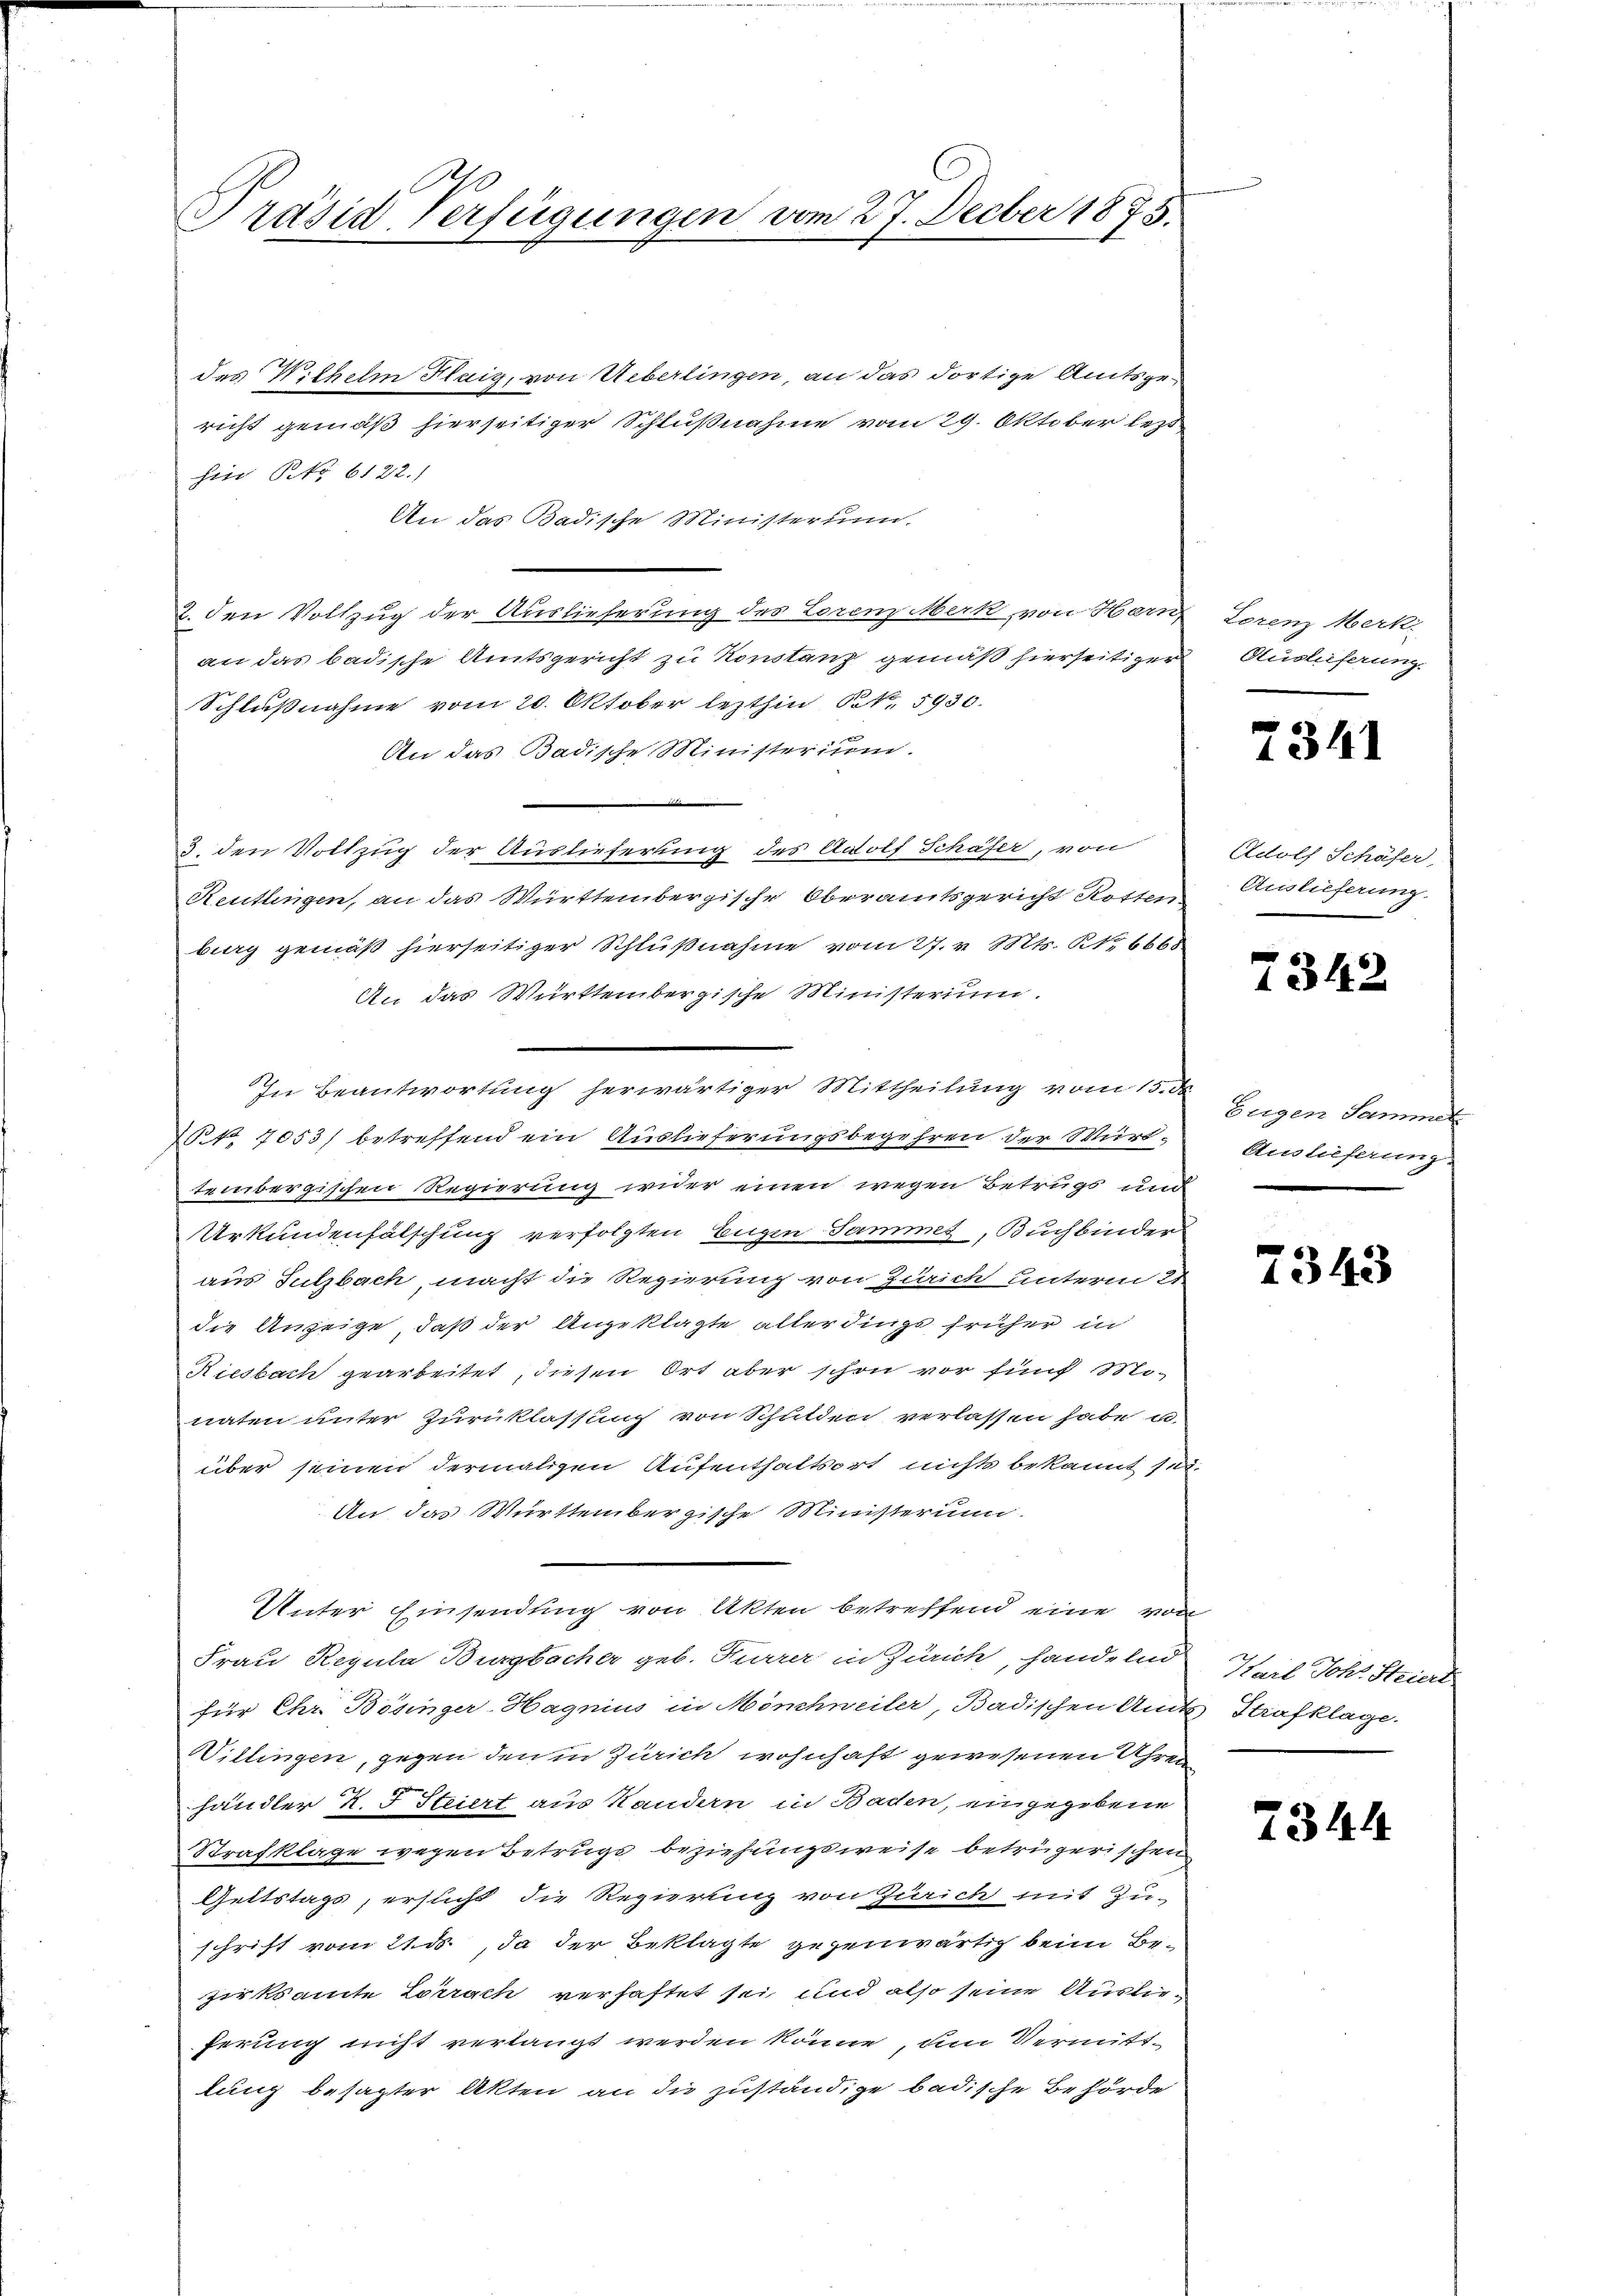
Präsid Verfügungen vom 27. Decber 1873.

das Wilhelm Flaig, von Ueberlingen, an das dortige Amtsgericht gemäß hierseitiger Schlußnahme vom 29. Oktober lezt
hin No 6122.)
An das Badische Ministerun
2. den Vollzug der Auslieferung des Lorenz Merk, von Her
an das badische Amtsgericht zu Konstanz gemäß hierseitiger
Schlußnahme vom 20. Oktober lezthin St. 5930.
An das Badische Ministerium.
3. den Vollzug der Auslieferung des Adolf Schäfer, von
Reutlingen, an das Württembergische Oberamtsgericht Rotten
burg gemäß hierseitiger Schlußnahme vom 27. v. Mts. No. 6668.
An das Württembergische Ministerium.
In Beantwortung herwärtiger Mittheilung vom 15. de
N 1 7053/ betreffend ein Auslieferungsbegehren der Württembergischen Regierung wider einen wegen Betrugs und
Urkundenfälschung verfolgten Engen Sammel, Buchbinder
aus Sulzbach, macht die Regierung von Zürich unterm 21
die Anzeige, daß der Angeklagte alter dings früher in
Riesbach gearbeitet, diesen Ort aber schon vor fünf Mo-
naten unter Zurücklassung von Schulden verlassen habe u.
über seinen dermaligen Aufenthaltsort nichts bekannt sei.
An das Württembergische Ministerium
Unter Einsendung von Akten betreffend eine von
Frau Regula Burgbacher geb. Kurrer in Zürich, handelnd
für Chr. Bösinger-Hagnius in Mönchweiler, Badischen Amts-Strafklage.
Willingen, gegen den in Zürich wohnhaft gewesenen Uhren
händler K. J. Steiert aus Sandern in Baden, eingegebene
Strafklage wegen Betrugs beziehungsweise betrügerischen
Gettstags, ersucht die Regierung von Zürich mit Zu-
schrift vom 21. ds., da der Beklagte gegenwärtig beim Bezirksamte Lörrach verhaftet sei und also seine Auslieferung nicht verlangt werden könne, dem Vermittlung besagter Akten an die zuständige badische Behörde

Lorenz Merk
Auslieferung.

2341

Adolf Schäfer,
Auslieferung

7342

Eugen Sammer
Auslieferung.

2343

Karl Johl. Steiert

2344